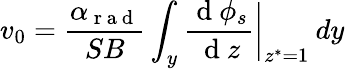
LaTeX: v_{0}=\frac{\alpha_{\mathrm{~r~a~d~}}}{SB}\int_{y}\frac{\mathrm{~d~}\phi_{s}}{\mathrm{~d~}z}\bigg|_{z^{*}=1}\: dy